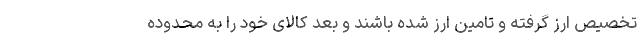
تخصیص ارز گرفته و تامین ارز شده باشند و بعد کالای خود را به محدوده